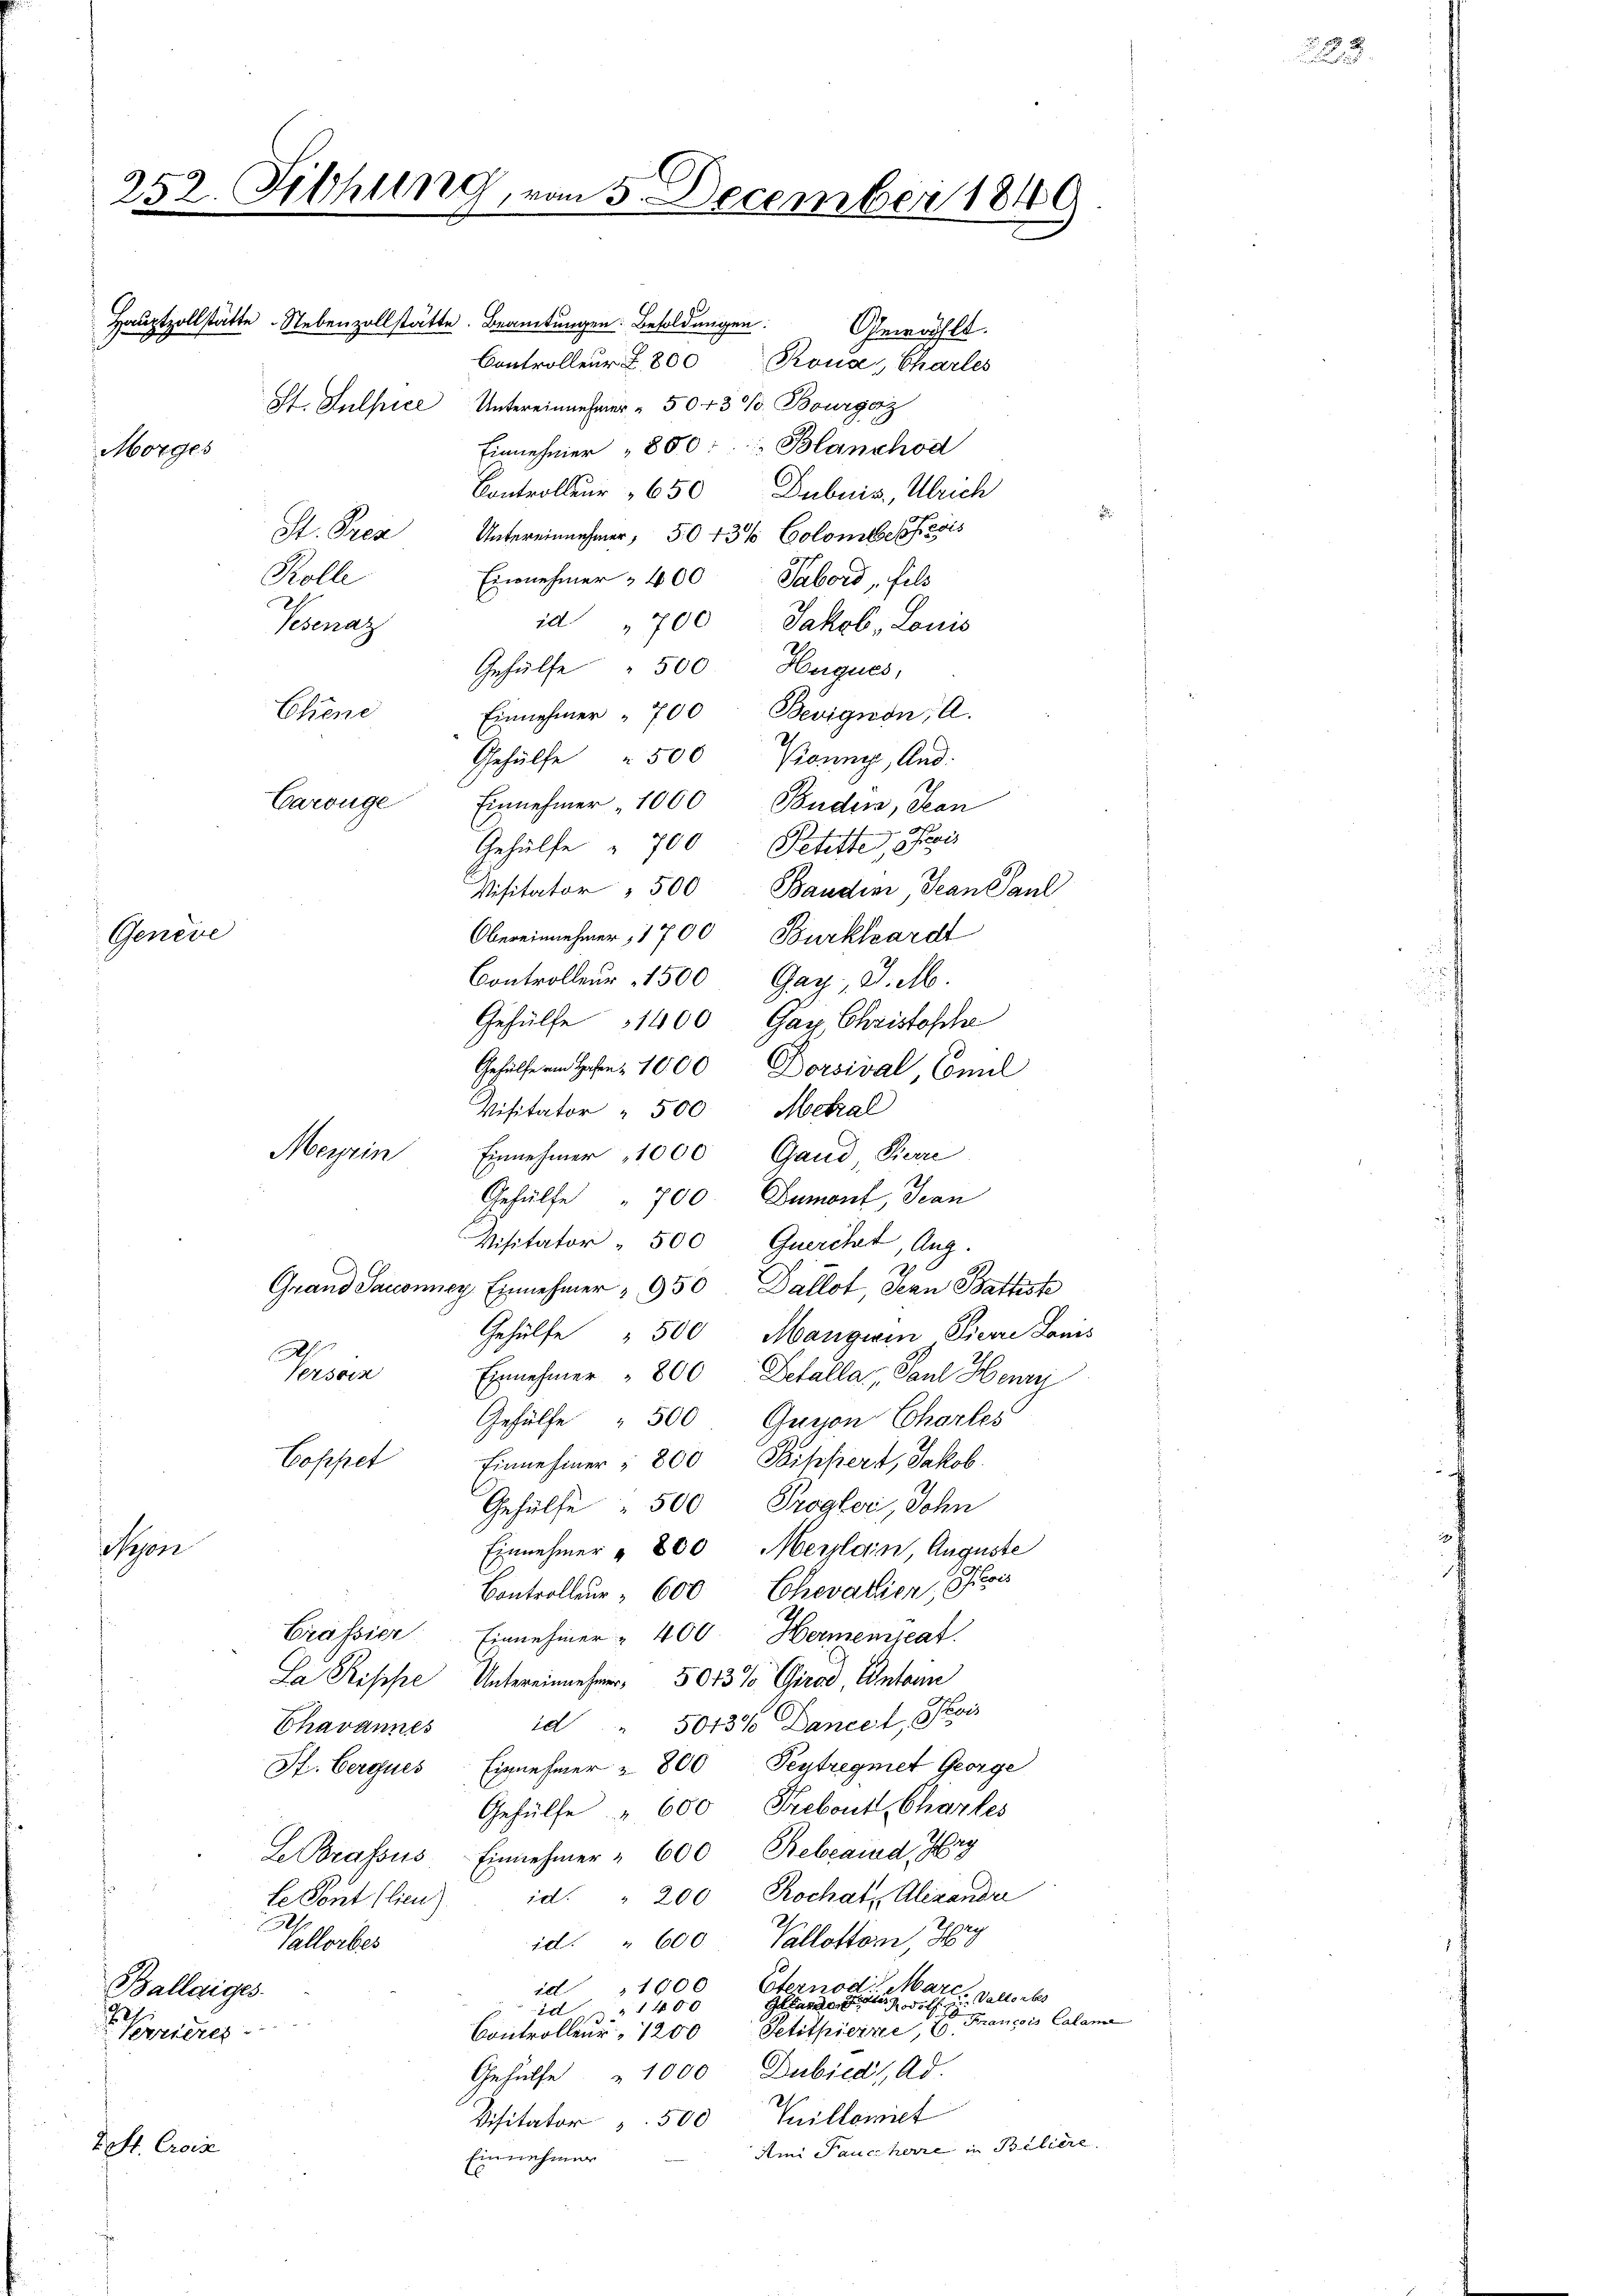
Morges

Genève

252. Filhung, vom 5. December 184

Merein

g
Hauptzollstätte. Nebenzollstätte. Beamtungen Besoldungen Gewählt.
Controlleur § 800 Rouse, Charles
St. Sulpice Untereinnehmer " 5043 %. Bourgazz
Einnehmer " 800: Blanchod
Controlleur " 650 Dubuis, Ulrich
St. Prez Untereinnehmer, 50 43% Colombefests
Rolle
Einnehmer 400 Sabord, fils
id " 700 Jakob, Louis
Tesenaz
Gehülfe " 500 Hugues,
Chiene
Einnehmer " 700 Bevignon, A.
Gehülfe 500
Konny, And.
Carouge
Einnehmer 1000 Buden, Jean
Gehülfe " 700 Petitte, Paris
Visitator 500 Baudini, Jean Paul
Obereinnehmer, 1700 Burkhardt
Controlleur 1500 Gay, J. M.
Gehülfe 1400 Gay Christoche
Gehülfern Hohen 1000 Dorsival, Comil
Visitator " 500 Metal
Einnehmer 1000 Gaud, Pierre
Gehülfe " 700 Dumont, Jean
Visitator - 500 Querchet, Aug.
Grand Saccomney Einnehmer " 950 Dallot, Jean Battste
Gehülfe " 500 Mangwin Fierre Louis
Tsin
Einnehmer " 800 Betalla, Paul Henri
Gehülfe " 500 Gugon Charles
Coppet
Einnehmer " 800 Soihfiert, Jakob.
Gehülfe 500 Progler, Sohn
Neponi
Einnehmer " 800 erlain, Auguste
Controlleur 600 Chevallier, Pois
Crassier. Einnehmer " 400. Hermemzeat.
Sa Risse Untereiner 5013% Girod Antann
id " 5013% Dancel, vis
Chavannes
Pf. Cerques Einnehmer u. 800 Peytregnet George
Gehülfe " 600 Frebout Chartes
Le Brassus Einnehmer " 600 Bebeamd Hr.
id. " 200 Rochatz Alexand
Le Sont (lien).
2
id " 600 Vallotton, Hry
Vallorbes
Eternod.
Mar
id 1000
Ballaiges.
 Vallorber
Gelande Parten odels z
1400
Krancois Calame
oriere
Setitpierre, E
Controlleur 1200
Gehülfe " 1000 Dubiedl, Ad.
Visitator u. 500 Vuillamiet
2. St. Croix
Ami Pauciherre in Beliere
Einnehmer